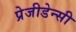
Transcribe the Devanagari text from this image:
प्रेजीडेन्सी